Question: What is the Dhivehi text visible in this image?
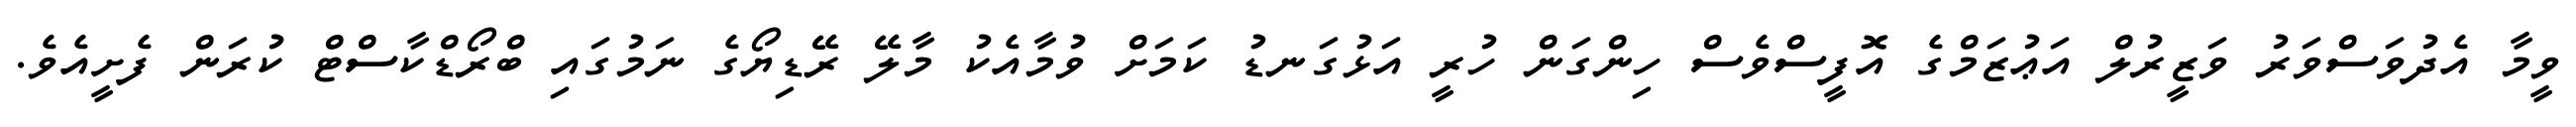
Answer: ވީމާ އެދުވަސްވަރު ވަޒީރުލް އަޢުޒަމްގެ އޮފީސްވެސް ހިންގަން ހުރީ އަޅުގަނޑު ކަމަށް ވުމާއެކު މާލޭ ރޭޑިޔޯގެ ނަމުގައި ބްރޯޑްކާސްޓް ކުރަން ފެށީއެވެ.